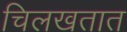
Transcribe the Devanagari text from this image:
चिलखतात